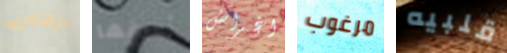
برهان أعرفها اغراض مرغوب قلبيه